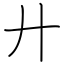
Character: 廾